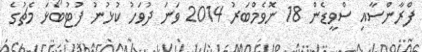
ފްރާންސާއި ސްވީޑެން 18 ނޮވެމްބަރު 2014 ވަނަ ދުވަހު ކުޅުނު ފުޓުބޯޅަ މެޗުގެ